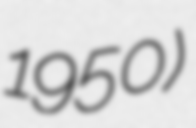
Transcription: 1950)